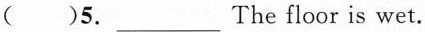
( ) 5.___The floor is wet.